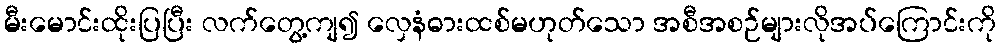
မီးမောင်းထိုးပြပြီး လက်တွေ့ကျ၍ လှေနံဓားထစ်မဟုတ်သော အစီအစဉ်များလိုအပ်ကြောင်းကို